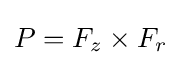
P=F_{z}\times F_{r}